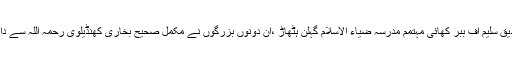
۱:عبدالرشید جیتی والے ۲:شیخ صدیق سلیم آف ببر کھائی مہتمم مدرسہ ضیاء الاسلام گہلن ہٹھاڑ ،ان دونوں بزرگوں نے مکمل صحیح بخاری کھنڈیلوی رحمہ اللہ سے دارالحدیث اوکاڑہ میں جا کر پڑھی ۔